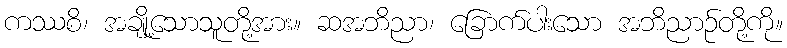
ကဿစိ၊ အချို့သောသူတို့အား။ ဆအဘိညာ၊ ခြောက်ပါးသော အဘိညာဉ်တို့ကို။